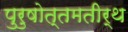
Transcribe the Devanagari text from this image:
पुरुषोत्तमतीर्थ